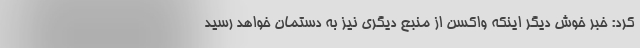
کرد: خبر خوش دیگر اینکه واکسن از منبع دیگری نیز به دستمان خواهد رسید